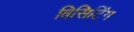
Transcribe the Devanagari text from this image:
विसिटिंग